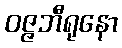
ဝဇ္ဇဘီရုနော